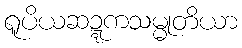
ရူပိယဆဍ္ဍကသမ္မုတိယာ